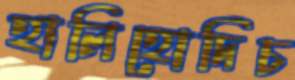
হালিহোদিচ